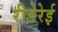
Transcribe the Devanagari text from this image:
रीडेरेई